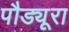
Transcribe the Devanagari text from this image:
पौड्यूरा